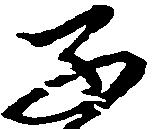
子